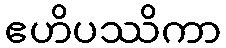
ဧဟိပဿိကာ